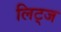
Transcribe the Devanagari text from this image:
लिट्ज